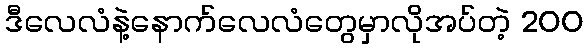
ဒီလေလံနဲ့နောက်လေလံတွေမှာလိုအပ်တဲ့ 200